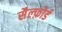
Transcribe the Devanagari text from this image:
सैल्फ़ोर्ड